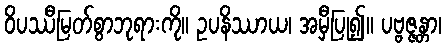
ဝိပဿီမြတ်စွာဘုရားကို။ ဥပနိဿာယ၊ အမှီပြု၍။ ပဗ္ဗဇ္ဇန္တာ၊